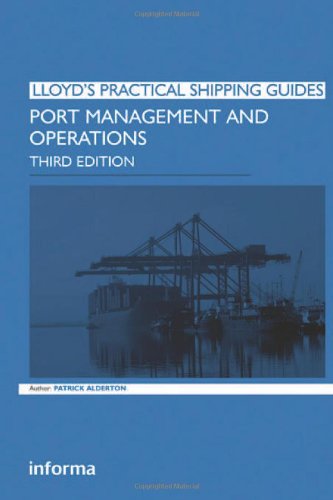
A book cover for Port Management and Operations (Lloyd's Practical Shipping Guides); Patrick Alderton; Business & Money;